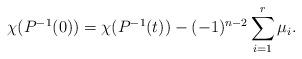
LaTeX: \begin{align*} \chi (P^{-1}(0))= \chi (P^{-1}(t)) -(-1)^{n-2} \sum_{i=1}^r \mu_i. \end{align*}